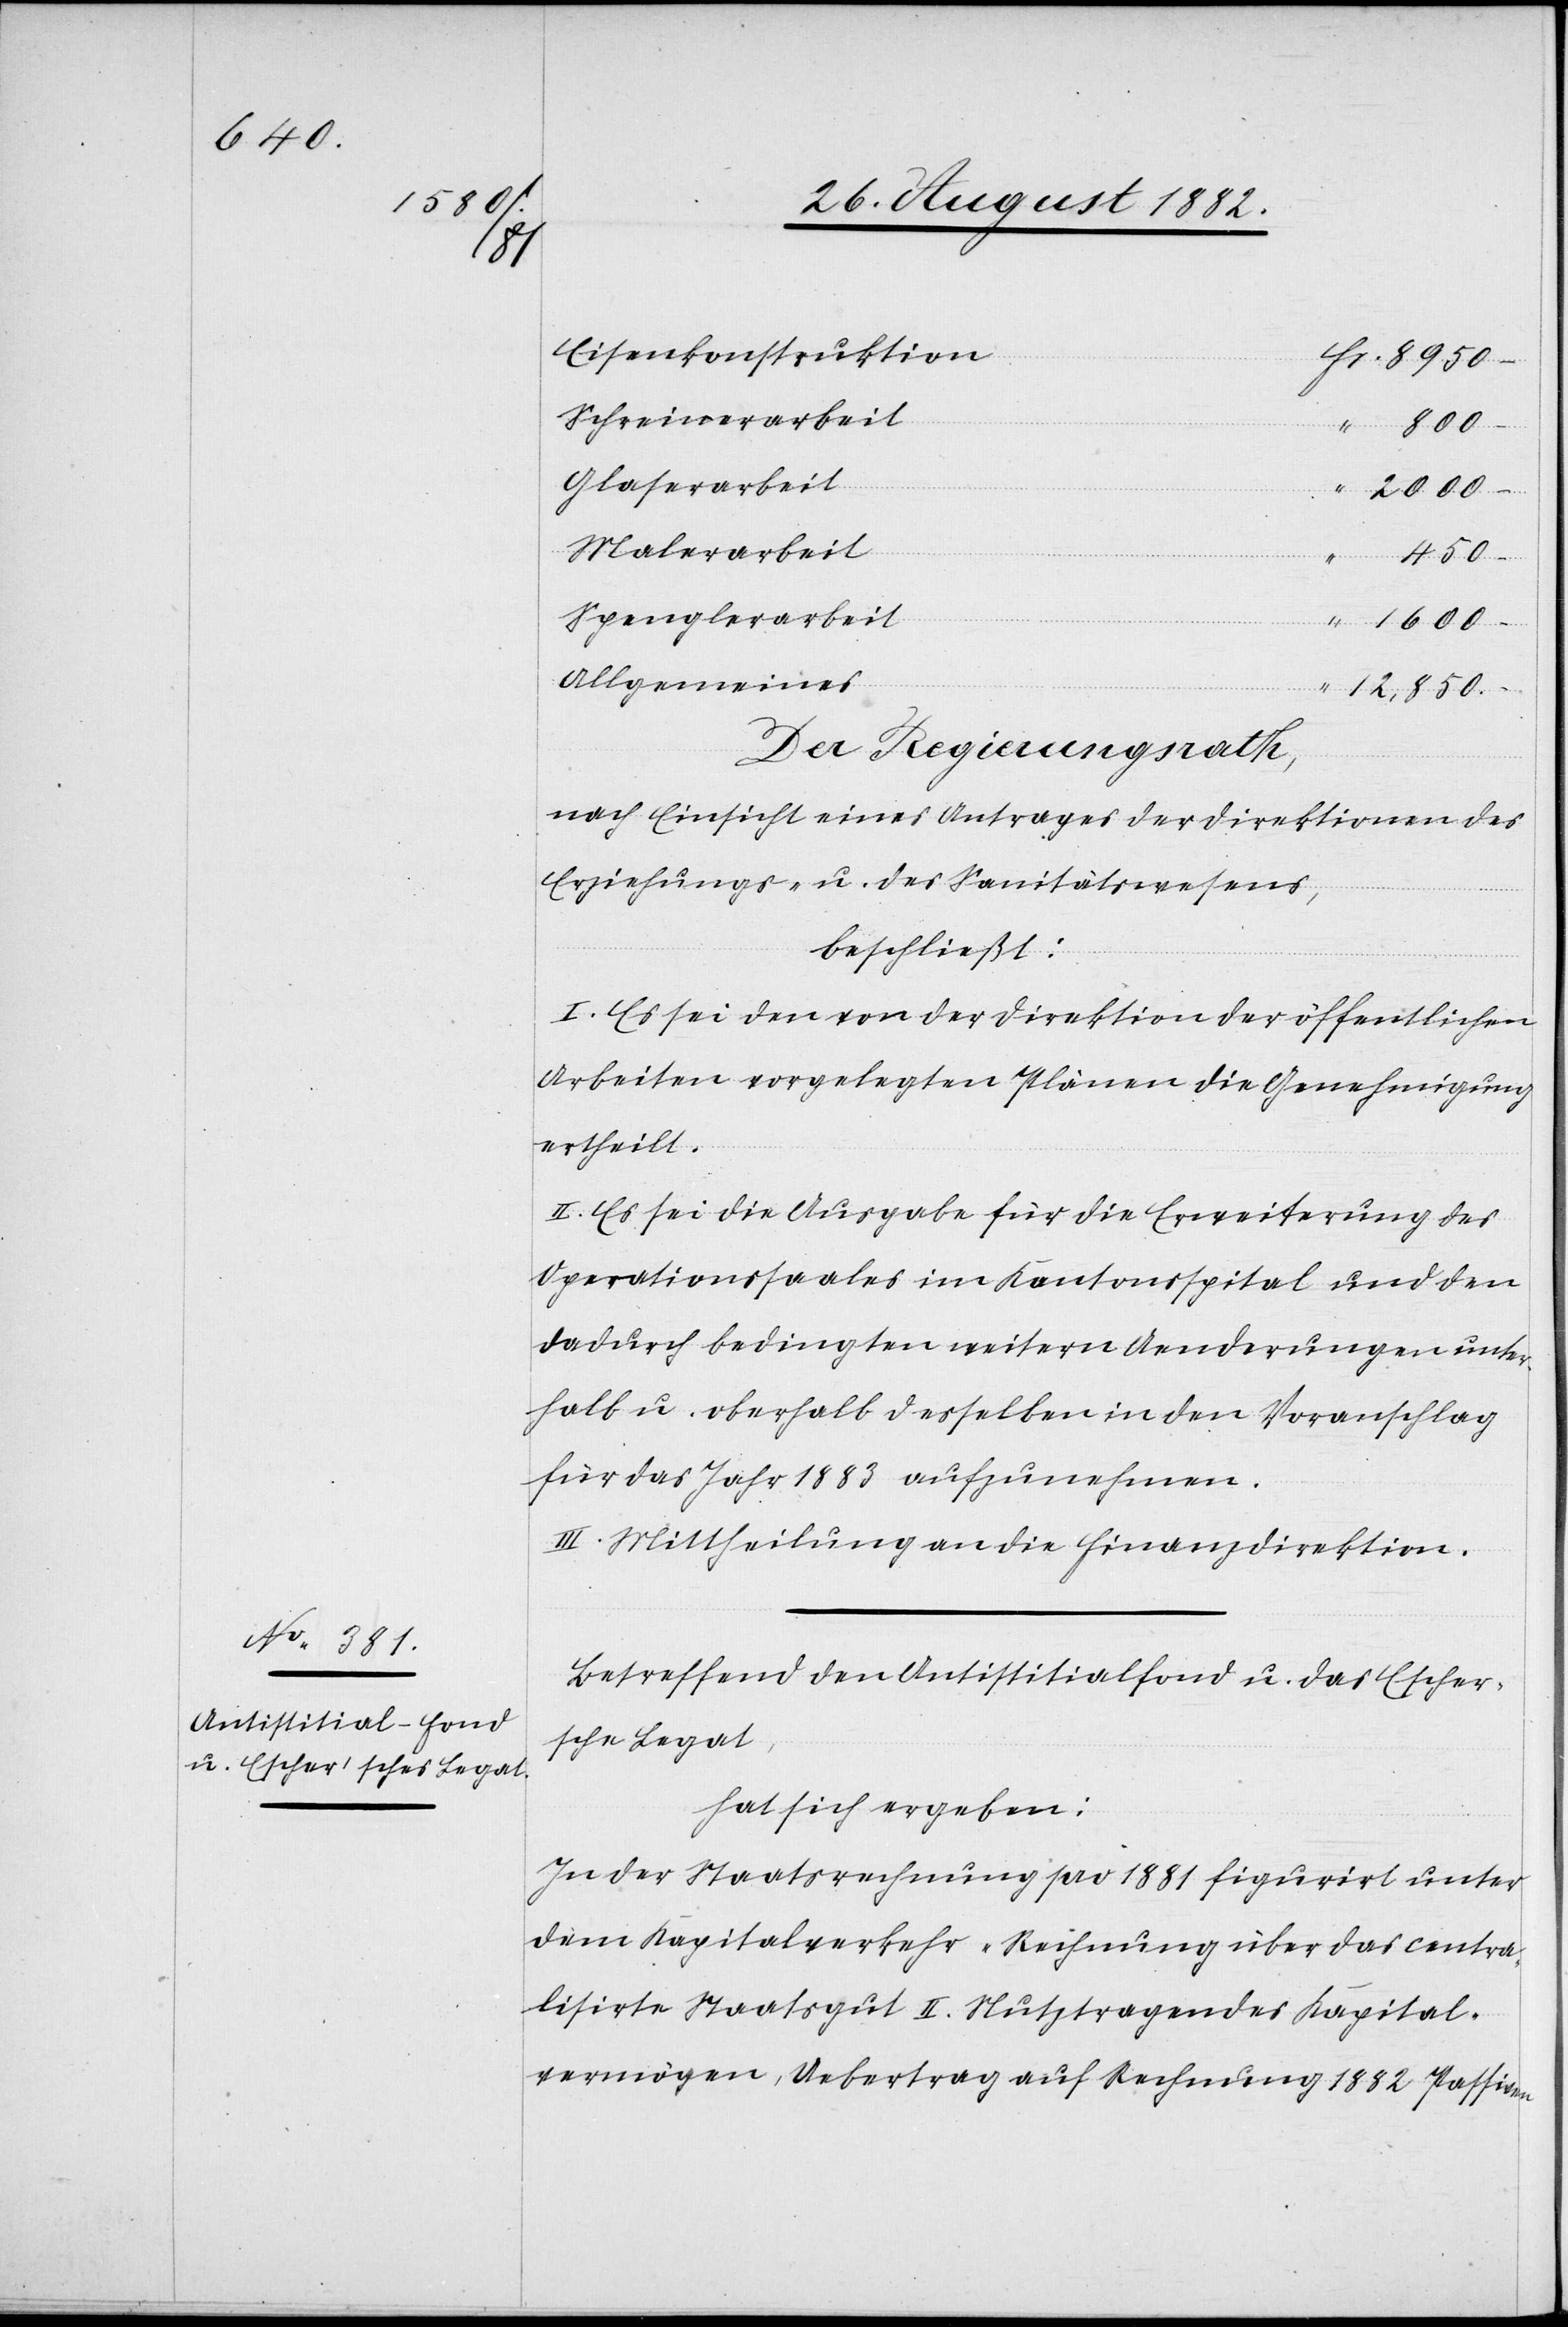
Eisenkonstruktion
8950
Schreinerarbeit
Glaserarbeit
–
Malerarbeit
Spenglerarbeit
1600
Allgemeines
12,850
Der Regierungsrath,
nach Einsicht eines Antrages der Direktionen des
Erziehungs- u. des Sanitätswesens,
beschließt:
I. Es sei den von der Direktion der öffentlichen
Arbeiten vorgelegten Plänen die Genehmigung
ertheilt.
II. Es sei die Ausgabe für die Erweiterung des
Operationssaales im Kantonsspital und den
dadurch bedingten weitern Aenderungen unter¬
halb u. oberhalb desselben in den Voranschlag
für das Jahr 1883 aufzunehmen.
III. Mittheilung an die Finanzdirektion.
Betreffend den Antistisialfond u. das Escher¬
sche Legat,
hat sich ergeben:
In der Staatsrechnung pro 1881 figurirt unter
dem Kapitalverkehr „Rechnung über das centra¬
lisirte Staatsgut“ II. Nutztragendes Kapital¬
vermögen, Uebertrag auf Rechnung 1882 Passiven